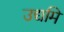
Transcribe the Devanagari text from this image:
उद्यमि